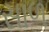
સાળ